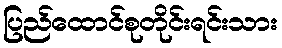
ပြည်ထောင်စုတိုင်းရင်းသား